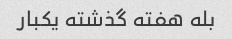
بله هفته گذشته یکبار